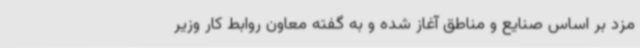
مزد بر اساس صنایع و مناطق آغاز شده و به گفته معاون روابط کار وزیر